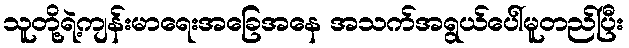
သူတို့ရဲ့ကျန်းမာရေးအခြေအနေ အသက်အရွယ်ပေါ်မူတည်ပြီး